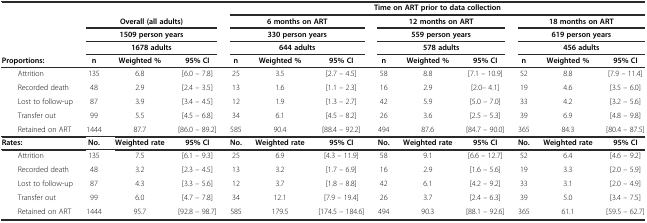
<table><thead><tr><td></td><td colspan="3"></td><td colspan="9"><b>Time on ART prior to data collection</b></td></tr><tr><td rowspan="3"></td><td colspan="3"><b>Overall (all adults)</b></td><td colspan="3"><b>6 months on ART</b></td><td colspan="3"><b>12 months on ART</b></td><td colspan="3"><b>18 months on ART</b></td></tr><tr><td colspan="3"><b>1509 person years</b></td><td colspan="3"><b>330 person years</b></td><td colspan="3"><b>559 person years</b></td><td colspan="3"><b>619 person years</b></td></tr><tr><td colspan="3"><b>1678 adults</b></td><td colspan="3"><b>644 adults</b></td><td colspan="3"><b>578 adults</b></td><td colspan="3"><b>456 adults</b></td></tr><tr><td><b>Proportions:</b></td><td><b>n</b></td><td><b>Weighted %</b></td><td><b>95% CI</b></td><td><b>n</b></td><td><b>Weighted %</b></td><td><b>95% CI</b></td><td><b>n</b></td><td><b>Weighted %</b></td><td><b>95% CI</b></td><td><b>n</b></td><td><b>Weighted %</b></td><td><b>95% CI</b></td></tr></thead><tbody><tr><td>Attrition</td><td>135</td><td>6.8</td><td>[6.0 – 7.8]</td><td>25</td><td>3.5</td><td>[2.7 – 4.5]</td><td>58</td><td>8.8</td><td>[7.1 – 10.9]</td><td>52</td><td>8.8</td><td>[7.9 – 11.4]</td></tr><tr><td>Recorded death</td><td>48</td><td>2.9</td><td>[2.4 – 3.5]</td><td>13</td><td>1.6</td><td>[1.1 – 2.3]</td><td>16</td><td>2.9</td><td>[2.0– 4.1]</td><td>19</td><td>4.6</td><td>[3.5 – 6.0]</td></tr><tr><td>Lost to follow-up</td><td>87</td><td>3.9</td><td>[3.4 – 4.5]</td><td>12</td><td>1.9</td><td>[1.3 – 2.7]</td><td>42</td><td>5.9</td><td>[5.0 – 7.0]</td><td>33</td><td>4.2</td><td>[3.2 – 5.6]</td></tr><tr><td>Transfer out</td><td>99</td><td>5.5</td><td>[4.5 – 6.8]</td><td>34</td><td>6.1</td><td>[4.5 – 8.2]</td><td>26</td><td>3.6</td><td>[2.5 – 5.3]</td><td>39</td><td>6.9</td><td>[4.8 – 9.8]</td></tr><tr><td>Retained on ART</td><td>1444</td><td>87.7</td><td>[86.0 – 89.2]</td><td>585</td><td>90.4</td><td>[88.4 – 92.2]</td><td>494</td><td>87.6</td><td>[84.7 – 90.0]</td><td>365</td><td>84.3</td><td>[80.4 – 87.5]</td></tr><tr><td><b>Rates:</b></td><td><b>No.</b></td><td><b>Weighted rate</b></td><td><b>95% CI</b></td><td><b>No.</b></td><td><b>Weighted rate</b></td><td><b>95% CI</b></td><td><b>No.</b></td><td><b>Weighted rate</b></td><td><b>95% CI</b></td><td><b>No.</b></td><td><b>Weighted rate</b></td><td><b>95% CI</b></td></tr><tr><td>Attrition</td><td>135</td><td>7.5</td><td>[6.1 – 9.3]</td><td>25</td><td>6.9</td><td>[4.3 – 11.9]</td><td>58</td><td>9.1</td><td>[6.6 – 12.7]</td><td>52</td><td>6.4</td><td>[4.6 – 9.2]</td></tr><tr><td>Recorded death</td><td>48</td><td>3.2</td><td>[2.3 – 4.5]</td><td>13</td><td>3.2</td><td>[1.7 – 6.9]</td><td>16</td><td>2.9</td><td>[1.6 – 5.6]</td><td>19</td><td>3.3</td><td>[2.0 – 5.9]</td></tr><tr><td>Lost to follow-up</td><td>87</td><td>4.3</td><td>[3.3 – 5.6]</td><td>12</td><td>3.7</td><td>[1.8 – 8.8]</td><td>42</td><td>6.1</td><td>[4.2 – 9.2]</td><td>33</td><td>3.1</td><td>[2.0 – 4.9]</td></tr><tr><td>Transfer out</td><td>99</td><td>6.0</td><td>[4.7 – 7.8]</td><td>34</td><td>12.1</td><td>[7.9 – 19.4]</td><td>26</td><td>3.7</td><td>[2.4 – 6.3]</td><td>39</td><td>5.0</td><td>[3.4 – 7.5]</td></tr><tr><td>Retained on ART</td><td>1444</td><td>95.7</td><td>[92.8 – 98.7]</td><td>585</td><td>179.5</td><td>[174.5 – 184.6]</td><td>494</td><td>90.3</td><td>[88.1 – 92.6]</td><td>365</td><td>61.1</td><td>[59.5 – 62.7]</td></tr></tbody></table>